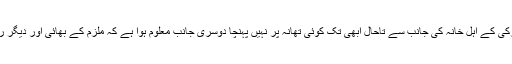
پولیس کے مطابق تشدد میں ملوث ملزم کو گرفتار کر لیا ہے ملزم پر مقدمہ درج کرانے کے لئے لڑکی کے اہل خانہ کی جانب سے تاحال ابھی تک کوئی تھانہ پر نہیں پہنچا دوسری جانب معلوم ہوا ہے کہ ملزم کے بھائی اور دیگر رشتے دار ملزم کی بیوی دبا ؤ ڈال رہے ہیں کہ وہ مقدمہ درج کرانے کے بجائے راضی نامہ کرلے۔